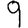
Digit: 9